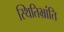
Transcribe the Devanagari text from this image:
स्थितिभ्रांति